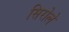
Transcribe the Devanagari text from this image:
सिरोले